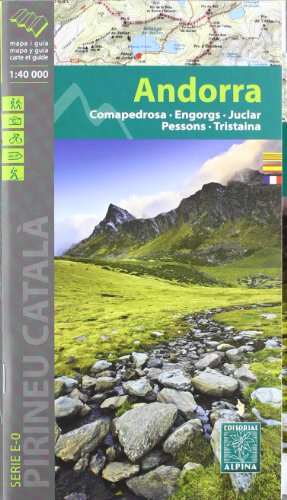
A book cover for Andorra - Comapedrosa - Engorgs - Juclar - Pessons - Tristaina: ALPI.010; Travel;